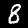
Label: 8